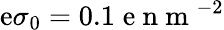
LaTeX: \mathrm{e}\sigma_{0}=0.1\; \mathrm{e}\mathrm{{~n~m~}}^{-2}